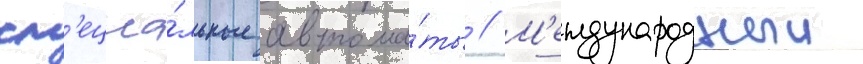
сп'ециа́льные автома́ты // М'еждународныи